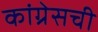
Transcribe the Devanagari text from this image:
कांग्रेसची